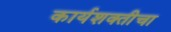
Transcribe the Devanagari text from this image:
कार्यशक्तीचा